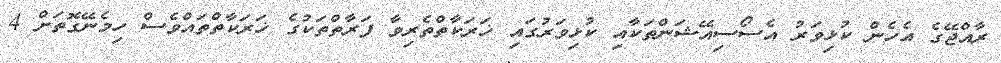
ރާއްޖޭގެ އެހެން ކުޅިވަރު އެސޯސިއޭޝަންތަކާއި ކުޅިވަރުގައި ޚަރަކާތްތެރިވާ ފަރާތްތަކުގެ ޚަރަކާތްތައްވެސް ހިމެނޭގޮތަށް 4